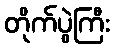
တိုက်ပွဲကြီး